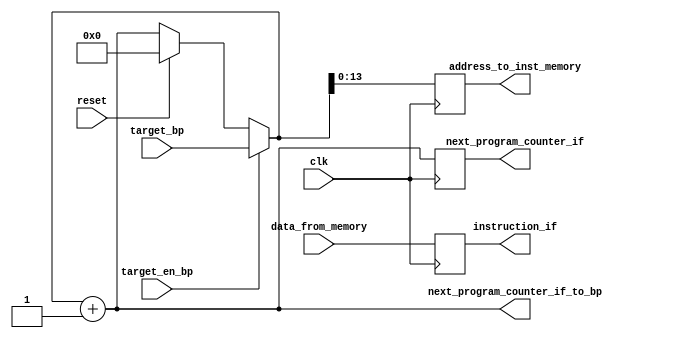
module InstructionFetch(input 		      clk,
                        input [15:0] 	  target_bp,
                        input             target_en_bp,
                        input [15:0] 	  data_from_memory,
						input 			  reset,
						output [15:0]	  next_program_counter_if_to_bp,
                        output reg [13:0] address_to_inst_memory,
                        output reg [15:0] next_program_counter_if,
                        output reg [15:0] instruction_if);

   //   parameter NOP = 16'h0000;
   
   reg [15:0] PC;
   reg [15:0] NPC;
   reg [15:0] MUX_OUT;  

   //initial NPC = 16'h0000;

   assign next_program_counter_if_to_bp = NPC;

   always@(*)
     begin
		if (reset) 
		  NPC = 0;    

        MUX_OUT = NPC;	
    	if (target_en_bp)
    	  MUX_OUT = target_bp;
	
    	NPC = MUX_OUT + 1'b1;
		address_to_inst_memory = PC[13:0];
     end
   
   always@(posedge clk) 
     begin
		next_program_counter_if <= NPC;
		PC <= MUX_OUT;
		instruction_if <= data_from_memory;
		//	if (BRANCH_PRED)
		//	  instruction_if <= data_from_memory;
		//	else
		//	  instruction_if <= NOP;
     end
   
endmodule